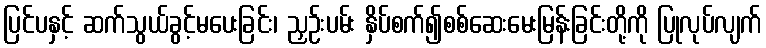
ပြင်ပနှင့် ဆက်သွယ်ခွင့်မပေးခြင်း၊ ညှဉ်းပမ်း နှိပ်စက်၍စစ်ဆေးမေးမြန်းခြင်းတို့ကို ပြုလုပ်လျက်